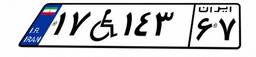
۱۷W۱۴۳۶۷